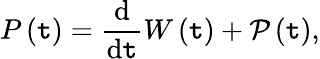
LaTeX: P\left(\mathtt{t}\right)=\frac{{\mathrm{{d}}}}{{\mathrm{{d}}\mathtt{t}}}W\left(\mathtt{t}\right)+\mathcal{{P}}\left(\mathtt{t}\right),